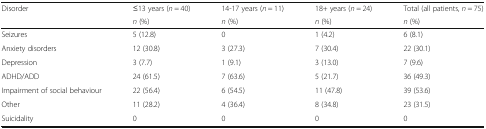
<table><thead><tr><td rowspan="2"><b>Disorder</b></td><td><b>≤13 years (<i>n</i> = 40)</b></td><td><b>14-17 years (<i>n</i> = 11)</b></td><td><b>18+ years (<i>n</i> = 24)</b></td><td><b>Total (all patients, <i>n</i> = 75)</b></td></tr><tr><td><b><i>n</i> (%)</b></td><td><b><i>n</i> (%)</b></td><td><b><i>n</i> (%)</b></td><td><b><i>n</i> (%)</b></td></tr></thead><tbody><tr><td>Seizures</td><td>5 (12.8)</td><td>0</td><td>1 (4.2)</td><td>6 (8.1)</td></tr><tr><td>Anxiety disorders</td><td>12 (30.8)</td><td>3 (27.3)</td><td>7 (30.4)</td><td>22 (30.1)</td></tr><tr><td>Depression</td><td>3 (7.7)</td><td>1 (9.1)</td><td>3 (13.0)</td><td>7 (9.6)</td></tr><tr><td>ADHD/ADD</td><td>24 (61.5)</td><td>7 (63.6)</td><td>5 (21.7)</td><td>36 (49.3)</td></tr><tr><td>Impairment of social behaviour</td><td>22 (56.4)</td><td>6 (54.5)</td><td>11 (47.8)</td><td>39 (53.6)</td></tr><tr><td>Other</td><td>11 (28.2)</td><td>4 (36.4)</td><td>8 (34.8)</td><td>23 (31.5)</td></tr><tr><td>Suicidality</td><td>0</td><td>0</td><td>0</td><td>0</td></tr></tbody></table>